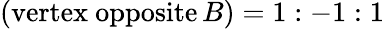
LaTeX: ({\mathrm{vertex~opposite}}\, B)=1:-1:1